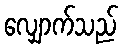
လျှောက်သည်